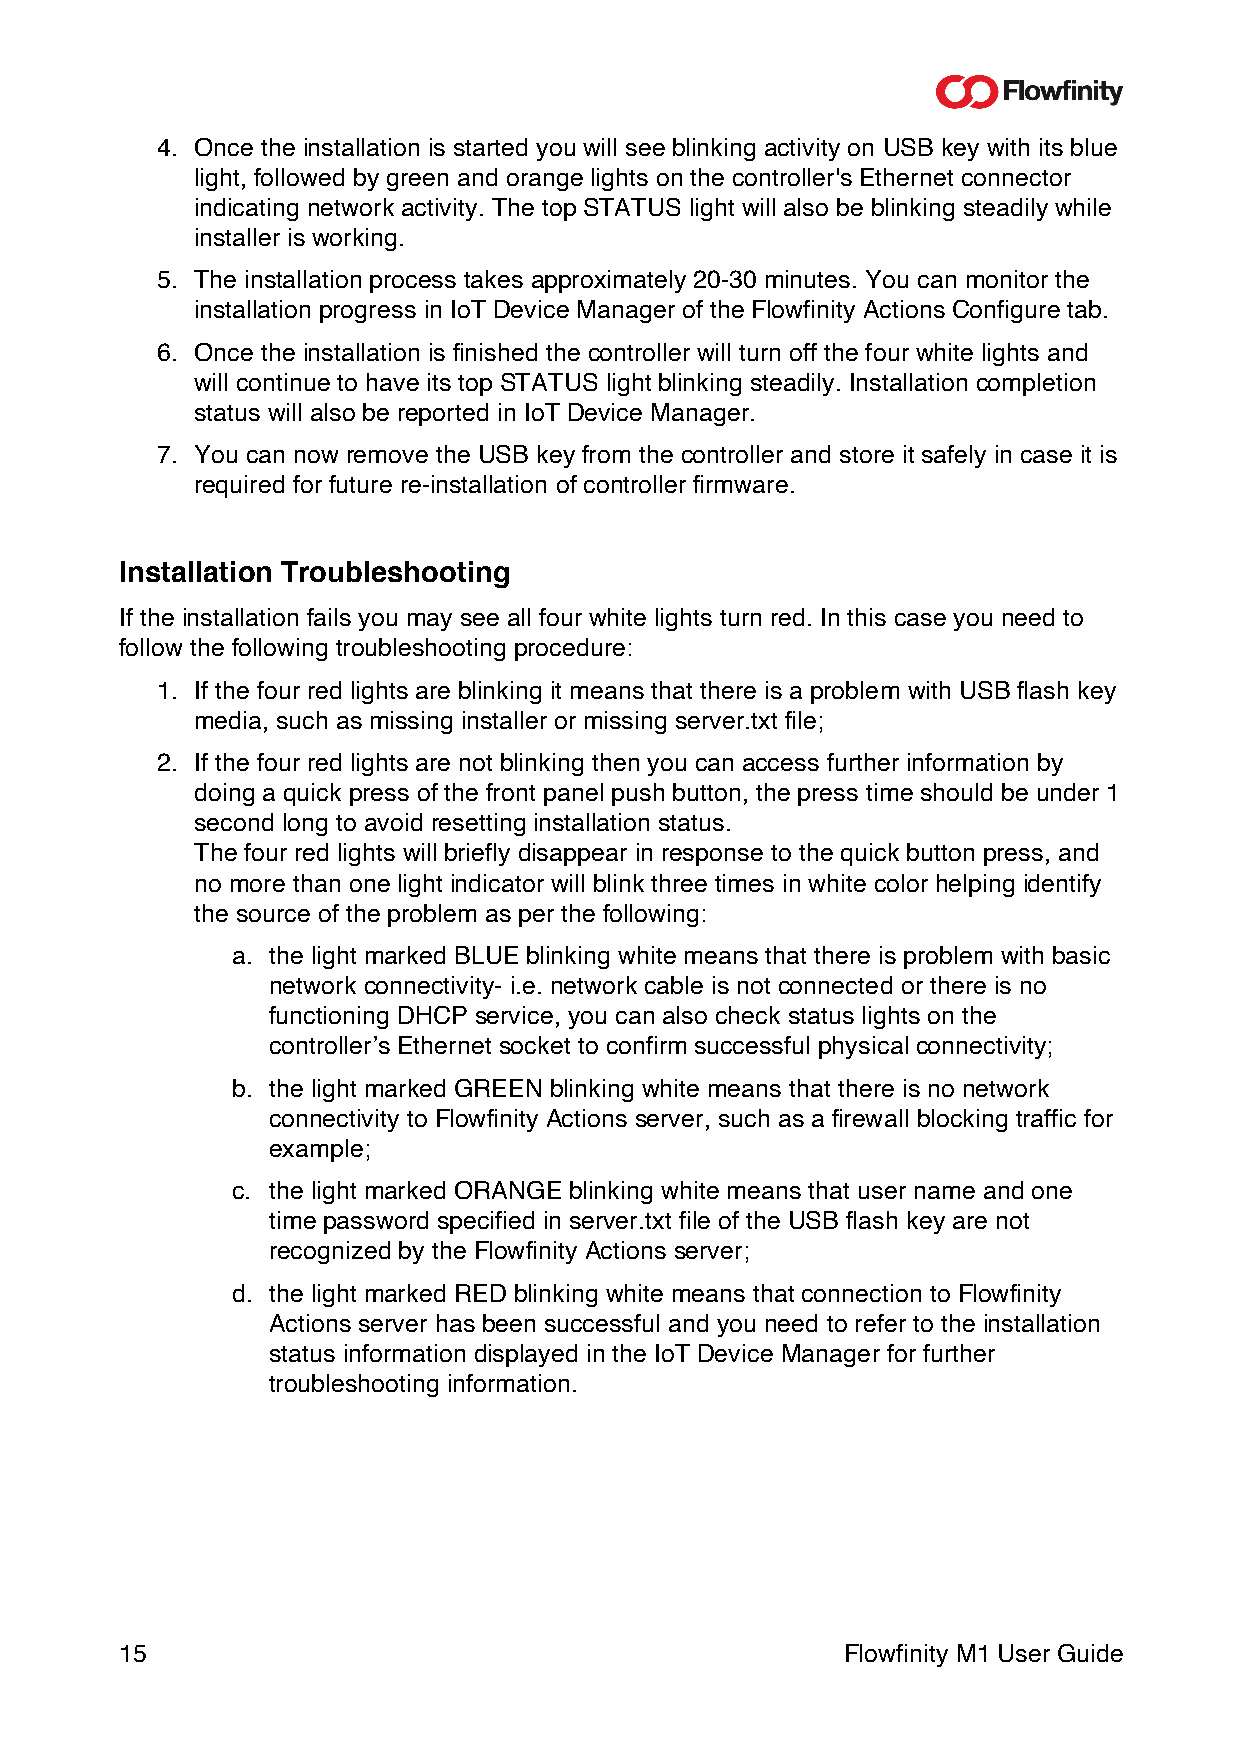
4. Once the installation is started you will see blinking activity on USB key with its blue
 light, followed by green and orange lights on the controller's Ethernet connector
 indicating network activity. The top STATUS light will also be blinking steadily while
 installer is working.
 5. The installation process takes approximately 20-30 minutes. You can monitor the
 installation progress in IoT Device Manager of the Flowfinity Actions Configure tab.
 6. Once the installation is finished the controller will turn off the four white lights and
 will continue to have its top STATUS light blinking steadily. Installation completion
 status will also be reported in IoT Device Manager.
 7. You can now remove the USB key from the controller and store it safely in case it is
 required for future re-installation of controller firmware.
 Installation Troubleshooting
 If the installation fails you may see all four white lights turn red. In this case you need to
 follow the following troubleshooting procedure:
 1. If the four red lights are blinking it means that there is a problem with USB flash key
 media, such as missing installer or missing server.txt file;
 2. If the four red lights are not blinking then you can access further information by
 doing a quick press of the front panel push button, the press time should be under 1
 second long to avoid resetting installation status.
 The four red lights will briefly disappear in response to the quick button press, and
 no more than one light indicator will blink three times in white color helping identify
 the source of the problem as per the following:
 a. the light marked BLUE blinking white means that there is problem with basic
 network connectivity- i.e. network cable is not connected or there is no
 functioning DHCP service, you can also check status lights on the
 controller’s Ethernet socket to confirm successful physical connectivity;
 b. the light marked GREEN blinking white means that there is no network
 connectivity to Flowfinity Actions server, such as a firewall blocking traffic for
 example;
 c. the light marked ORANGE blinking white means that user name and one
 time password specified in server.txt file of the USB flash key are not
 recognized by the Flowfinity Actions server;
 d. the light marked RED blinking white means that connection to Flowfinity
 Actions server has been successful and you need to refer to the installation
 status information displayed in the IoT Device Manager for further
 troubleshooting information.
 15                                              Flowfinity M1 User Guide